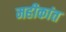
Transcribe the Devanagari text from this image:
महीकांत